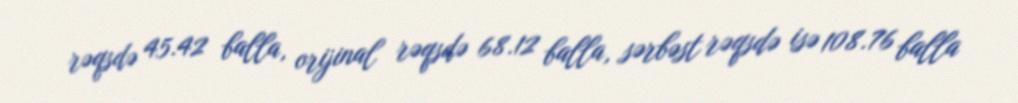
rəqsdə 45.42 balla, orijinal rəqsdə 68.12 balla, sərbəst rəqsdə isə 108.76 balla